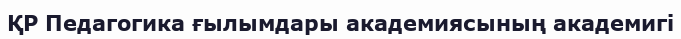
ҚР Педагогика ғылымдары академиясының академигі